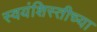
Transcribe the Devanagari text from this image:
स्वयंशिस्तीच्या